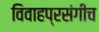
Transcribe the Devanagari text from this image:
विवाहप्रसंगीच